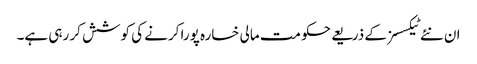
ان نئے ٹیکسسز کے ذریعے حکومت مالی خسارہ پورا کرنے کی کوشش کر رہی ہے۔